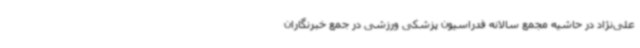
علی‌نژاد در حاشیه مجمع سالانه فدراسیون پزشکی ورزشی در جمع خبرنگاران